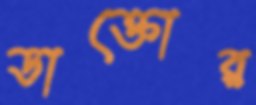
ডাক্তোর